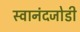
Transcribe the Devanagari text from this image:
स्वानंदजोडी